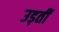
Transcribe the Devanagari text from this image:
उड़तीं